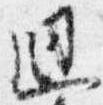
廻